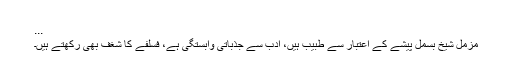
...
مزمل شیخ بسمل پیشے کے اعتبار سے طبیب ہیں، ادب سے جذباتی وابستگی ہے، فسلفے کا شغف بھی رکھتے ہیں۔